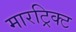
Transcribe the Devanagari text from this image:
मारट्रिक्ट